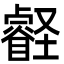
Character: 壡